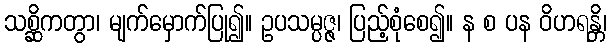
သစ္ဆိကတွာ၊ မျက်မှောက်ပြု၍။ ဥပသမ္ပဇ္ဇ၊ ပြည့်စုံစေ၍။ န စ ပန ဝိဟရန္တိ၊